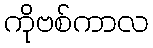
ကိုဗစ်ကာလ